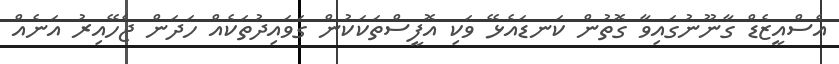
އެސްއީޒެޑް ގާނޫނުގައިވާ ގޮތުން ކަނޑައެޅޭ ވަކި އޮފީސްތަކަކުން ގަވައިދުތަކެއް ހަދަން ޖެހޭއިރު އަނެއް